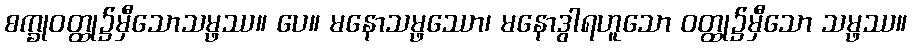
စက္ခုဝတ္ထု၌မှီသောသမ္ဖဿ။ ပေ။ မနောသမ္ဖဿော၊ မနောဒွါရဟူသော ဝတ္ထု၌မှီသော သမ္ဖဿ။